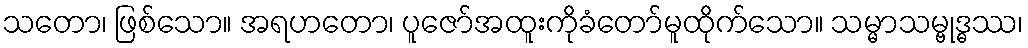
သတော၊ ဖြစ်သော။ အရဟတော၊ ပူဇော်အထူးကိုခံတော်မူထိုက်သော။ သမ္မာသမ္ဗုဒ္ဓဿ၊